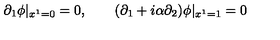
\partial _ { 1 } \phi | _ { x ^ { 1 } = 0 } = 0 , \qquad ( \partial _ { 1 } + i \alpha \partial _ { 2 } ) \phi | _ { x ^ { 1 } = 1 } = 0